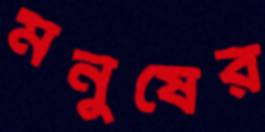
মনুষের